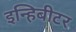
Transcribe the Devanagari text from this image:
इन्हिबीटर